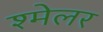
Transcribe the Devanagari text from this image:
श्मेलर